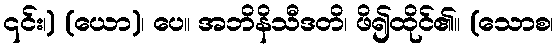
၎င်း၊) (ယော)၊ ပေ။ အဘိနိသီဒတိ၊ ဖိ၍ထိုင်၏။ (သောစ၊